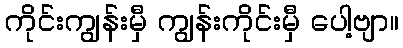
ကိုင်းကျွန်းမှီ ကျွန်းကိုင်းမှီ ပေါ့ဗျာ။